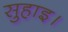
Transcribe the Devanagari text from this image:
सुहाइ।